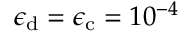
\epsilon _ { \mathrm { d } } = \epsilon _ { \mathrm { c } } = 1 0 ^ { - 4 }